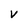
Character: V